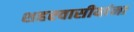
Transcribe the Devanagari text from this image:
शहरवासीयांना